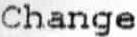
CHANGE